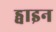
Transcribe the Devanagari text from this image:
ड्वाइन